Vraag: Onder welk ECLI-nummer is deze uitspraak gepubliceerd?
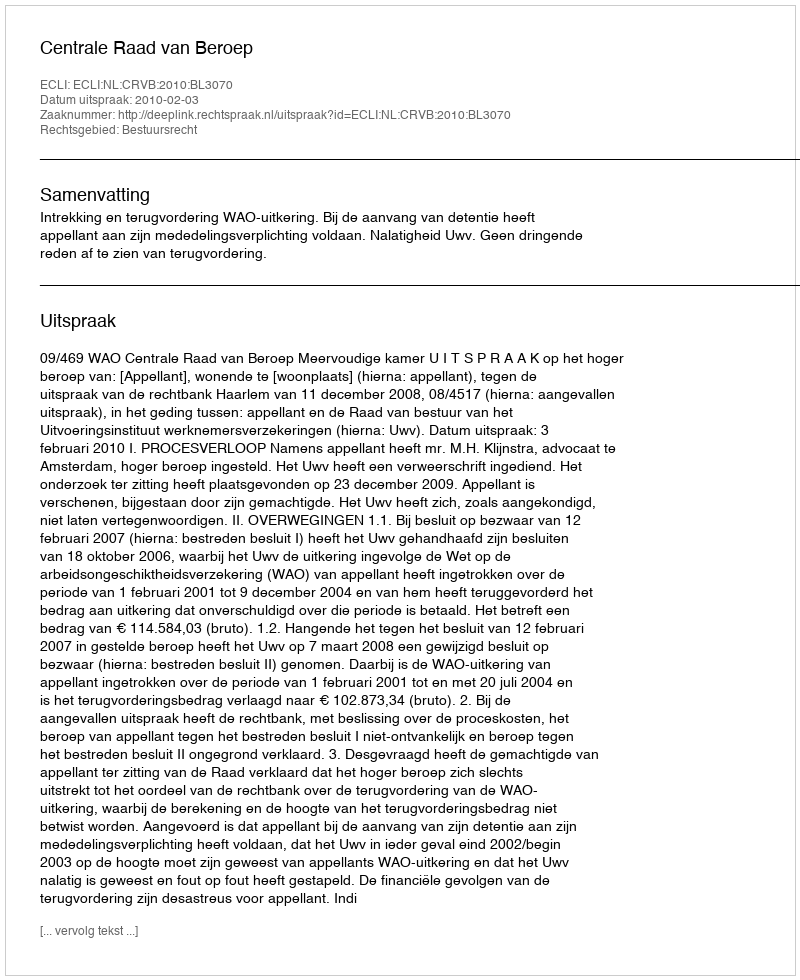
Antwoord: ECLI:NL:CRVB:2010:BL3070